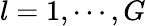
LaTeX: l=1,\cdots,G